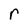
Character: r